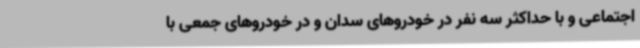
اجتماعی و با حداکثر سه نفر در خودروهای سدان و در خودروهای جمعی با